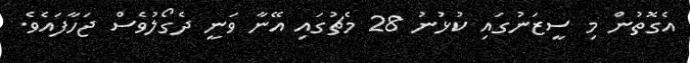
އެގޮތުން މި ސީޒަނުގައި ކުޅުނު 28 މެޗުގައި އޭނާ ވަނީ ދެގޯލުވެސް ޖަހާފައެވެ.